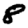
Digit: 8